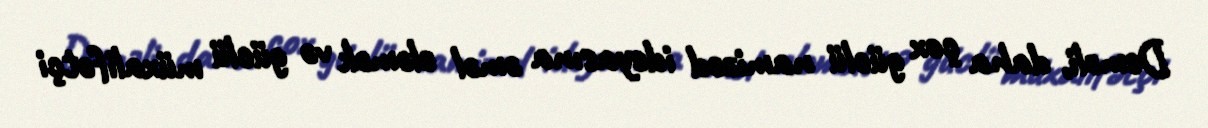
Deməli, daha çox güclü namizəd ideyasına əməl eləmək və güclü müxalifətçi